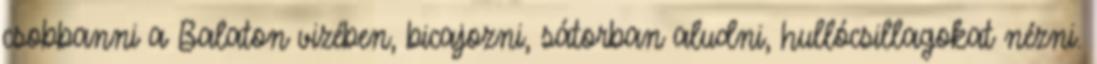
csobbanni a Balaton vizében, bicajozni, sátorban aludni, hullócsillagokat nézni.